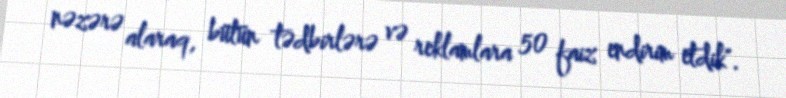
nəzərə alaraq, bütün tədbirlərə və reklamlara 50 faiz endirim etdik".